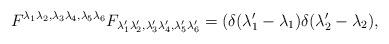
LaTeX: \begin{align*}F^{\lambda_1 \lambda_2 , \lambda_3 \lambda_4 , \lambda_5 \lambda_6}F_{\lambda'_1 \lambda'_2 , \lambda'_3 \lambda'_4 , \lambda'_5 \lambda'_6}=\left(\delta (\lambda'_1-\lambda_1)\delta (\lambda'_2-\lambda_2),\right.\end{align*}